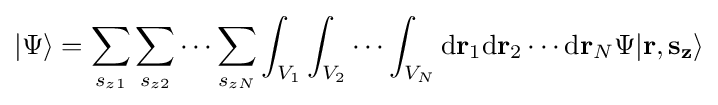
|\Psi \rangle =\sum _{s_{z1}}\sum _{s_{z2}}\cdots \sum _{s_{zN}}\int _{V_{1}}\int _{V_{2}}\cdots \int _{V_{N}}\mathrm {d} \mathbf {r} _{1}\mathrm {d} \mathbf {r} _{2}\cdots \mathrm {d} \mathbf {r} _{N}\Psi |\mathbf {r} ,\mathbf {s_{z}} \rangle